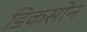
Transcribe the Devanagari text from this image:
डिकसोन